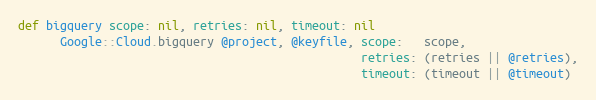
Language: Ruby
def bigquery scope: nil, retries: nil, timeout: nil
      Google::Cloud.bigquery @project, @keyfile, scope:   scope,
                                                 retries: (retries || @retries),
                                                 timeout: (timeout || @timeout)